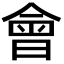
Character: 會